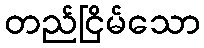
တည်ငြိမ်သော